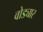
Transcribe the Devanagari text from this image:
वोड्यार